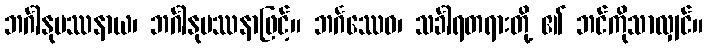
ဘင်္ဂါနုပဿနာယ၊ ဘင်္ဂါနုပဿနာဖြင့်။ ဘင်္ဂဿေဝ၊ သင်္ခါရတရားတို့ ၏ ဘင်ကိုသာလျှင်။